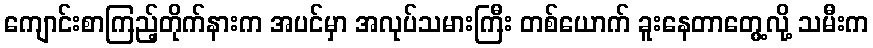
ကျောင်းစာကြည့်တိုက်နားက အပင်မှာ အလုပ်သမားကြီး တစ်ယောက် ခူးနေတာတွေ့လို့ သမီးက